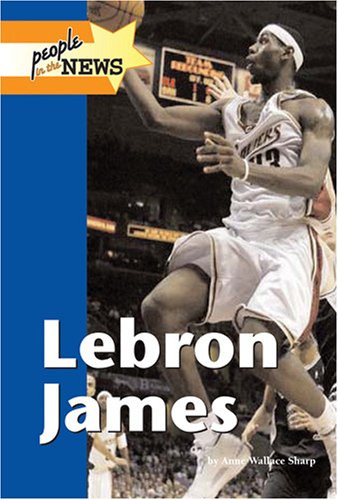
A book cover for Lebron James (People in the News); Anne Wallace Sharp; Teen & Young Adult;